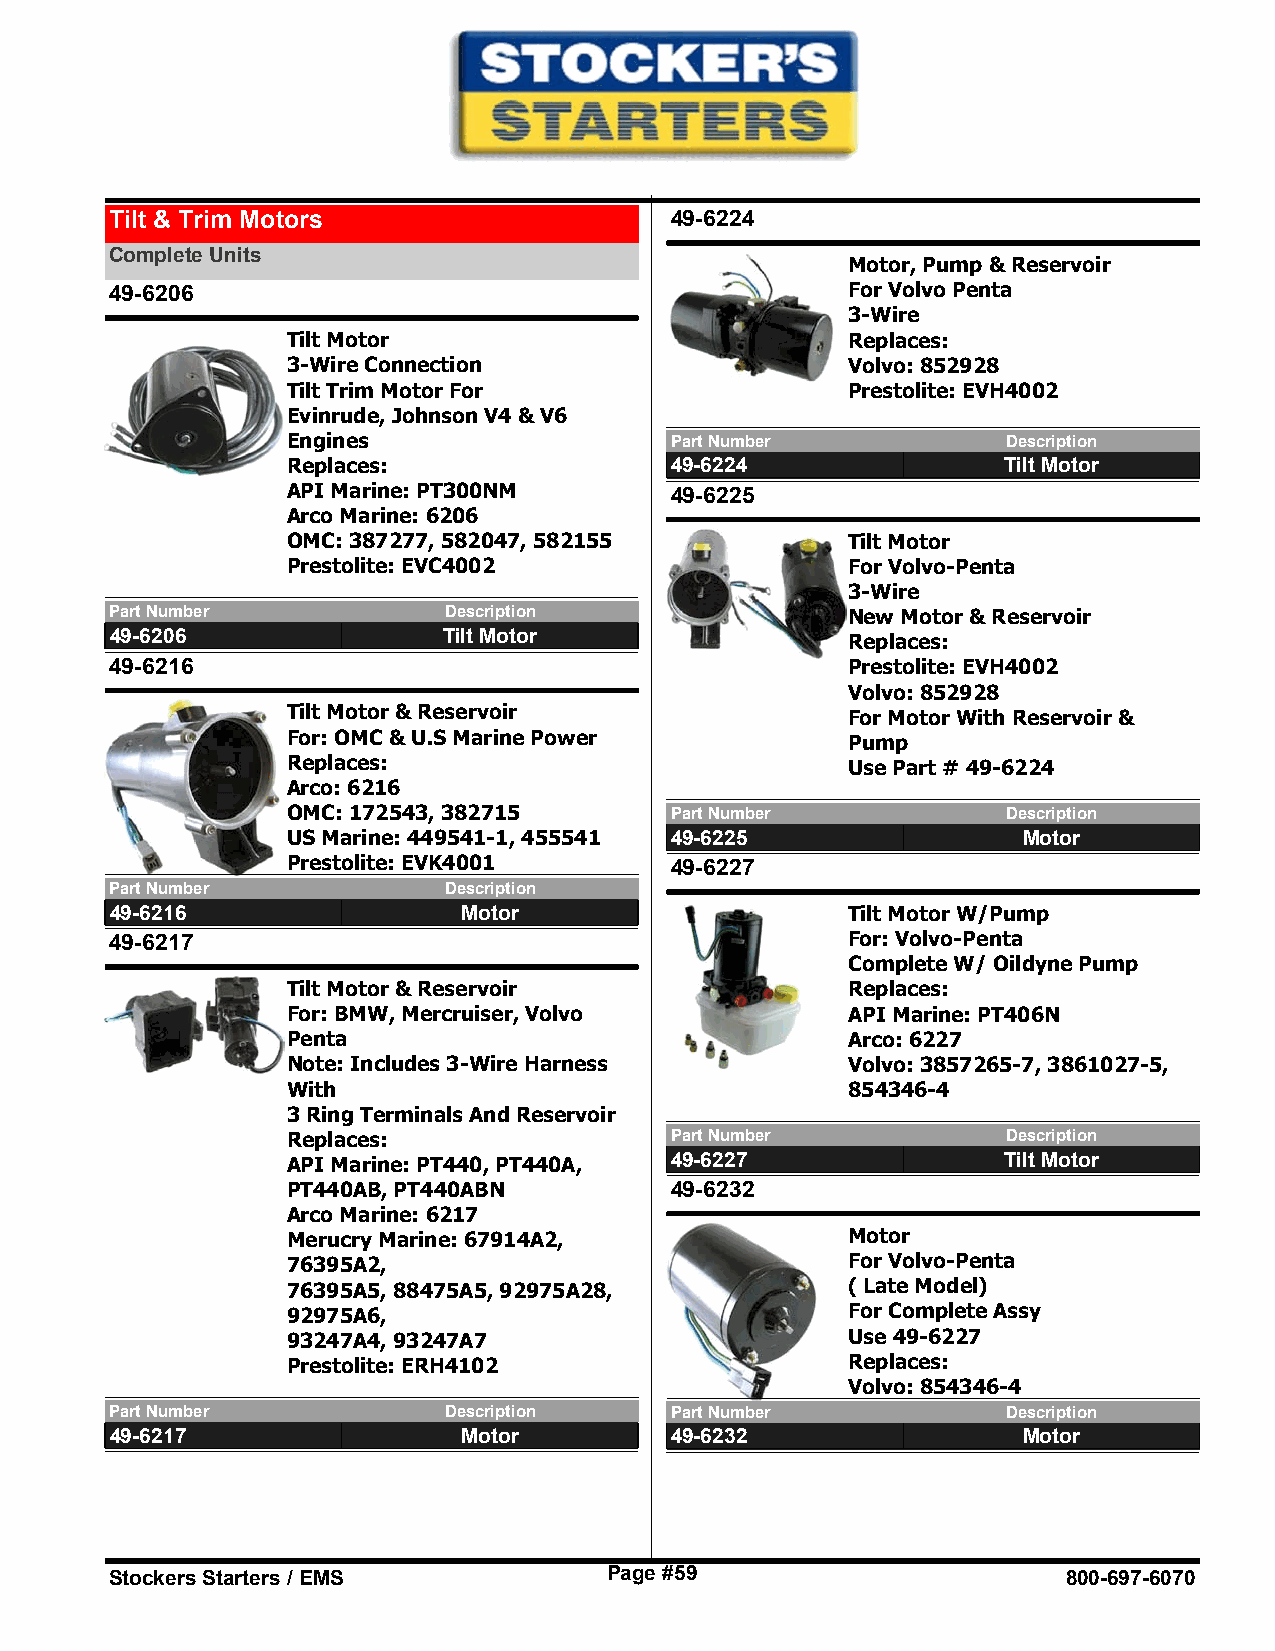
Tilt & Trim Motors                   49-6224
 Complete Units
 Motor, Pump & Reservoir
 49-6206                                          For Volvo Penta
 3-Wire
 Tilt Motor                           Replaces:
 3-Wire Connection                    Volvo: 852928
 Tilt Trim Motor For                  Prestolite: EVH4002
 Evinrude, Johnson V4 & V6
 Engines                  Part Number            Description
 Replaces:                49-6224               Tilt Motor
 API Marine: PT300NM      49-6225
 Arco Marine: 6206
 OMC: 387277, 582047, 582155          Tilt Motor
 Prestolite: EVC4002                  For Volvo-Penta
 3-Wire
 Part Number           Description                New Motor & Reservoir
 49-6206               Tilt Motor                 Replaces:
 49-6216                                          Prestolite: EVH4002
 Volvo: 852928
 Tilt Motor & Reservoir               For Motor With Reservoir &
 For: OMC & U.S Marine Power          Pump
 Replaces:                            Use Part # 49-6224
 Arco: 6216
 OMC: 172543, 382715      Part Number            Description
 US Marine: 449541-1, 455541 49-6225              Motor
 Prestolite: EVK4001      49-6227
 Part Number           Description
 49-6216                 Motor                    Tilt Motor W/Pump
 49-6217                                          For: Volvo-Penta
 Complete W/ Oildyne Pump
 Tilt Motor & Reservoir               Replaces:
 For: BMW, Mercruiser, Volvo          API Marine: PT406N
 Penta                                Arco: 6227
 Note: Includes 3-Wire Harness        Volvo: 3857265-7, 3861027-5,
 With                                 854346-4
 3 Ring Terminals And Reservoir
 Replaces:                Part Number            Description
 API Marine: PT440, PT440A, 49-6227             Tilt Motor
 PT440AB, PT440ABN        49-6232
 Arco Marine: 6217
 Merucry Marine: 67914A2,             Motor
 76395A2,                             For Volvo-Penta
 76395A5, 88475A5, 92975A28,          ( Late Model)
 92975A6,                             For Complete Assy
 93247A4, 93247A7                     Use 49-6227
 Prestolite: ERH4102                  Replaces:
 Volvo: 854346-4
 Part Number           Description    Part Number            Description
 49-6217                 Motor        49-6232                 Motor
 Stockers Starters / EMS          Page #59                       800-697-6070